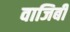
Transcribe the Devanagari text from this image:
वाजिबी